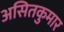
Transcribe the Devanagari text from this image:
असितकुमार